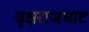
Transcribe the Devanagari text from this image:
वृक्षराजघाट